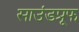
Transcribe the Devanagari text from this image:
साउंडप्रूफ